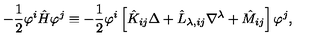
- \frac { 1 } { 2 } \varphi ^ { i } \hat { H } \varphi ^ { j } \equiv - \frac { 1 } { 2 } \varphi ^ { i } \left[ \hat { K } _ { i j } \Delta + \hat { L } _ { \lambda , i j } \nabla ^ { \lambda } + \hat { M } _ { i j } \right] \varphi ^ { j } ,